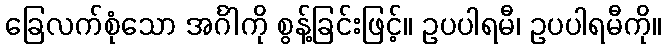
ခြေလက်စုံသော အင်္ဂါကို စွန့်ခြင်းဖြင့်။ ဥပပါရမီ၊ ဥပပါရမီကို။